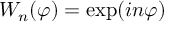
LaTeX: W _ { n } ( \varphi ) = \exp ( i n \varphi )